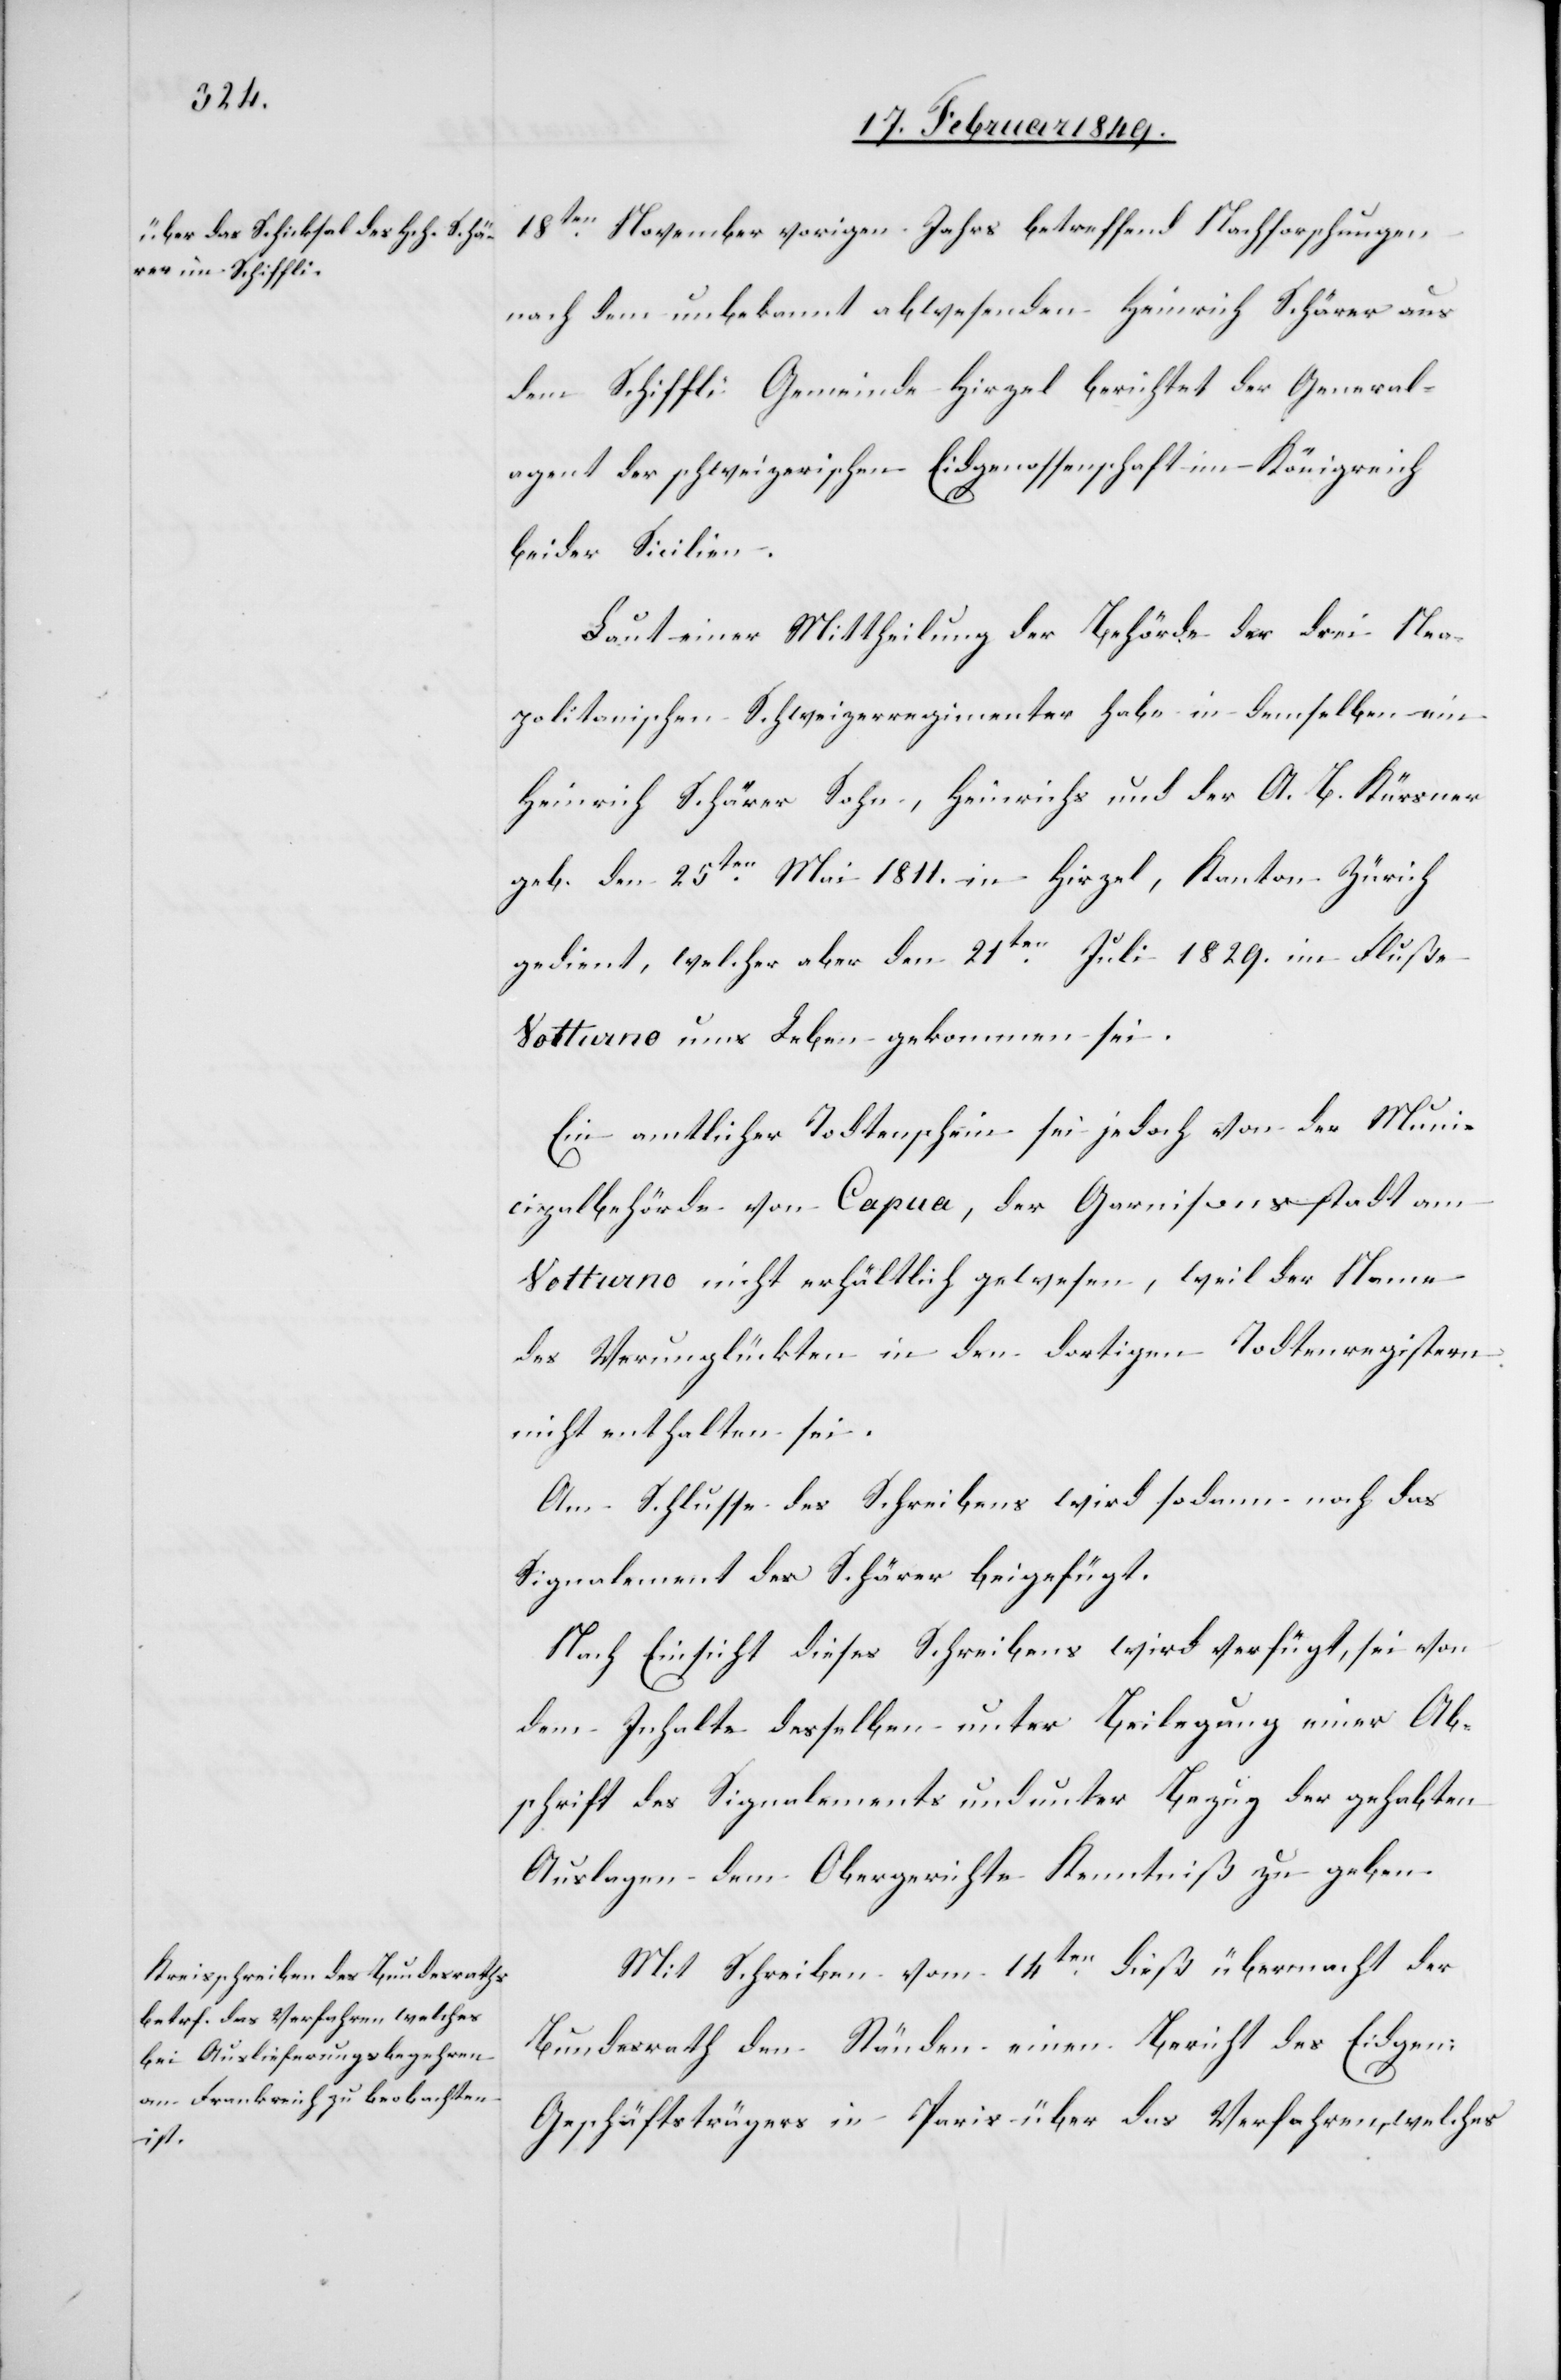
19. Februar 1849.]
18ten. November vorigen Jahrs betreffend Nachforschungen
nach dem unbekannt abwesenden Heinrich Schärer aus
dem Schiffli Gemeinde Hirzel berichtet der General¬
agent der schweizerischen Eidgenossenschaft im Königreich
beider Sicilien.
Laut einer Mittheilung der Behörde der drei Nea¬
politanischen Schweizerregimenter habe in demselben ein
Heinrich Schärer Sohn, Heinrichs und der A. B. Kürsner
geb. den 25ten. Mai 1811. in Hirzel, Kanton Zürich
gedient, welcher aber den 21ten. Juli 1829. im Fluße
Votturno ums Leben gekommen sei.
den
Ein amtlicher Todtenschein sei jedoch von der Muni¬
cipalbehörde von Capua, der Garnisonsstadt am
Votturno nicht erhältlich gewesen, weil der Name
des Verunglückten in den dortigen Todtenregistern
nicht enthalten sei.
Am Schlusse des Schreibens wird sodann noch das
Signalement des Schärer beigefügt.
Nach Einsicht dieses Schreibens wird verfügt, sei von
dem Inhalte desselben unter Beilegung einer Ab¬
schrift des Signalements und unter Bezug der gehabten
Auslagen dem Obergerichte Kenntniß zu geben.
Mit Schreiben vom 14ten. dieß übermacht der
Bundesrath den Ständen einen Bericht des Eidgen:
Geschäftsträgers in Paris über das Verfahren, welches,